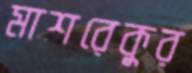
মাশরেকুর